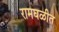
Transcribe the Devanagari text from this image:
रामघळीत